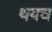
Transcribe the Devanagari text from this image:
थयच